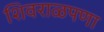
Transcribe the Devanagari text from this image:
शिवराळपणा